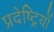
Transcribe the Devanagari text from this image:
प्रदेष्ट्रियों